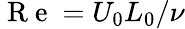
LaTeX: \mathrm{~R~e~}=U_{0}L_{0}/\nu